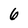
Character: 6